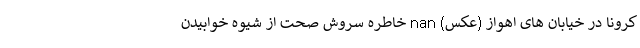
کرونا در خیابان های اهواز (عکس) nan خاطره سروش صحت از شیوه خوابیدن